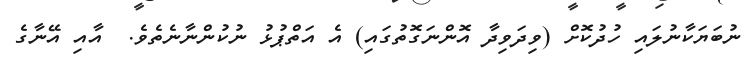
ނުބަޔަކާނުލައި ހުދުކޮށް (ވިދަވިދާ އޮންނަގޮތުގައި) އެ އަތްޕުޅު ނުކުންނާނެތެވެ.  އާއި އޭނާގެ